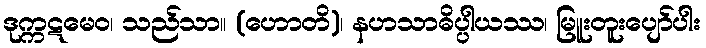
ဒုက္ကဋမေဝ၊ သည်သာ။ (ဟောတိ)၊ နဟသာဓိပ္ပါယဿ၊ မြူးတူးပျော်ပါး